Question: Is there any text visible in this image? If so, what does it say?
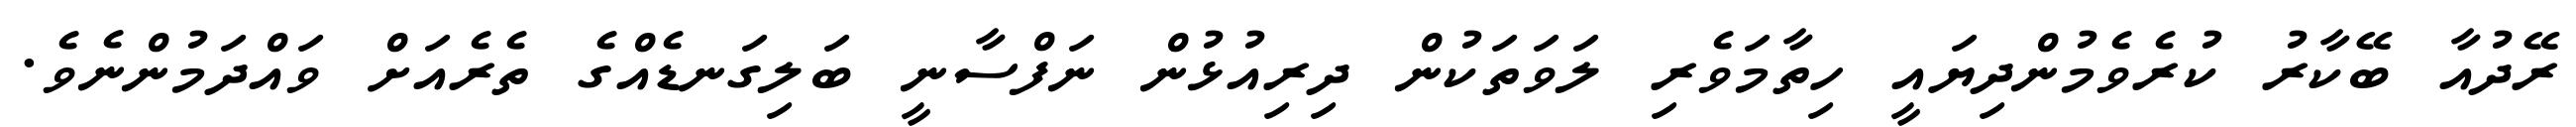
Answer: ރޭދުއާ ބޭކާރު ކުރެވެމުންދިޔައީ ހިތާމަވެރި ލަވަތަކުން ދިރިއުޅުން ނަފްސާނީ ބަލިގަނޑެއްގެ ތެރެއަށް ވައްދަމުންނެވެ.